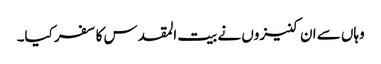
وہاں سے ان کنیزوں نے بیت المقدس کا سفر کیا۔